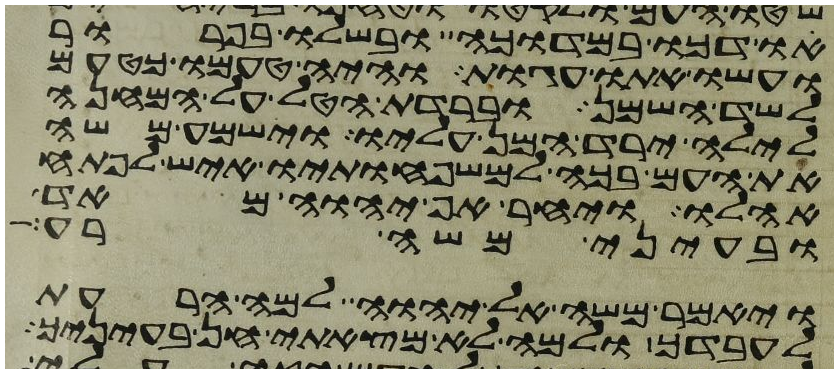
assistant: ודכו במדוכה ובשלו בפרור
ועשו אתו עגות והיה טעמו כטעם
לשד השמן וברדת הטל על המחנה
לילה ירד המן עליו וישמע משה
את העם בכה למשפחתיו איש לפתח
אהלו ויחר אף יהוה מאד
ובעיני משה רע
ויאמר משה אל יהוה למה הרעת
לעבדך ולמה לא מצאתי חן בעיניך